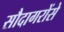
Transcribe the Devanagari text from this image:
सौदागरोंसे